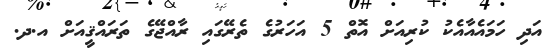
އަދި ހަމައެއާއެކު ކުރިއަށް އޮތް 5 އަހަރުގެ ތެރޭގައި ރާއްޖޭގެ ތަރައްޤީއަށް އ.ދ.